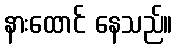
နားထောင် နေသည်။